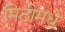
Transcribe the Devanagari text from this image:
मिठीमधे